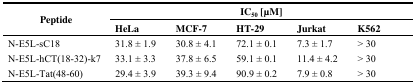
<table><thead><tr><td rowspan="2"><b>Peptide</b></td><td colspan="5"><b>IC<sub>50</sub> [μM]</b></td></tr><tr><td><b>HeLa</b></td><td><b>MCF-7</b></td><td><b>HT-29</b></td><td><b>Jurkat</b></td><td><b>K562</b></td></tr></thead><tbody><tr><td>N-E5L-sC18</td><td>31.8 ± 1.9</td><td>30.8 ± 4.1</td><td>72.1 ± 0.1</td><td>7.3 ± 1.7</td><td>&gt; 30</td></tr><tr><td>N-E5L-hCT(18-32)-k7</td><td>33.1 ± 3.3</td><td>37.8 ± 6.5</td><td>59.1 ± 0.1</td><td>11.4 ± 4.2</td><td>&gt; 30</td></tr><tr><td>N-E5L-Tat(48-60)</td><td>29.4 ± 3.9</td><td>39.3 ± 9.4</td><td>90.9 ± 0.2</td><td>7.9 ± 0.8</td><td>&gt; 30</td></tr></tbody></table>